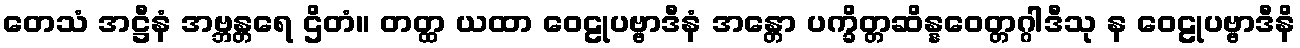
တေသံ အဋ္ဌီနံ အဗ္ဘန္တရေ ဌိတံ။ တတ္ထ ယထာ ဝေဠုပဗ္ဗာဒီနံ အန္တော ပက္ခိတ္တဆိန္နဝေတ္တဂ္ဂါဒီသု န ဝေဠုပဗ္ဗာဒီနိ